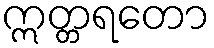
ဣတ္တရတော